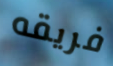
فريقه